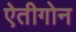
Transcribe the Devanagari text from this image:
ऐतीगोन